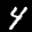
Label: 4